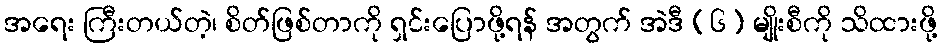
အရေး ကြီးတယ်တဲ့၊ စိတ်ဖြစ်တာကို ရှင်းပြောဖို့ရန် အတွက် အဲဒီ (၆) မျိုးစီကို သိထားဖို့